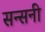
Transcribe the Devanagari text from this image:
सन्सनी